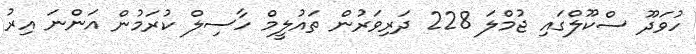
ހުވަދޫ ސްކޫލްގައި ޖުމްލަ 228 ދަރިވަރުން ތައުލީމް ހާސިލް ކުރަމުން އަންނަ އިރު